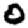
Digit: 0